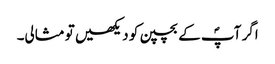
اگر آپؐ کے بچپن کو دیکھیں تو مثالی۔